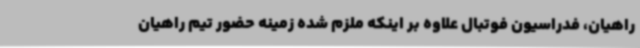
راهیان، فدراسیون فوتبال علاوه بر اینکه ملزم شده زمینه حضور تیم راهیان